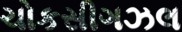
ચોકસીગઝલ